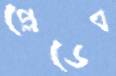
প্লেডেব